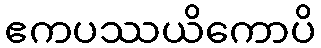
ဧကပဿယိကောပိ